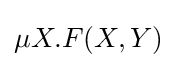
\mu X.F(X,Y)